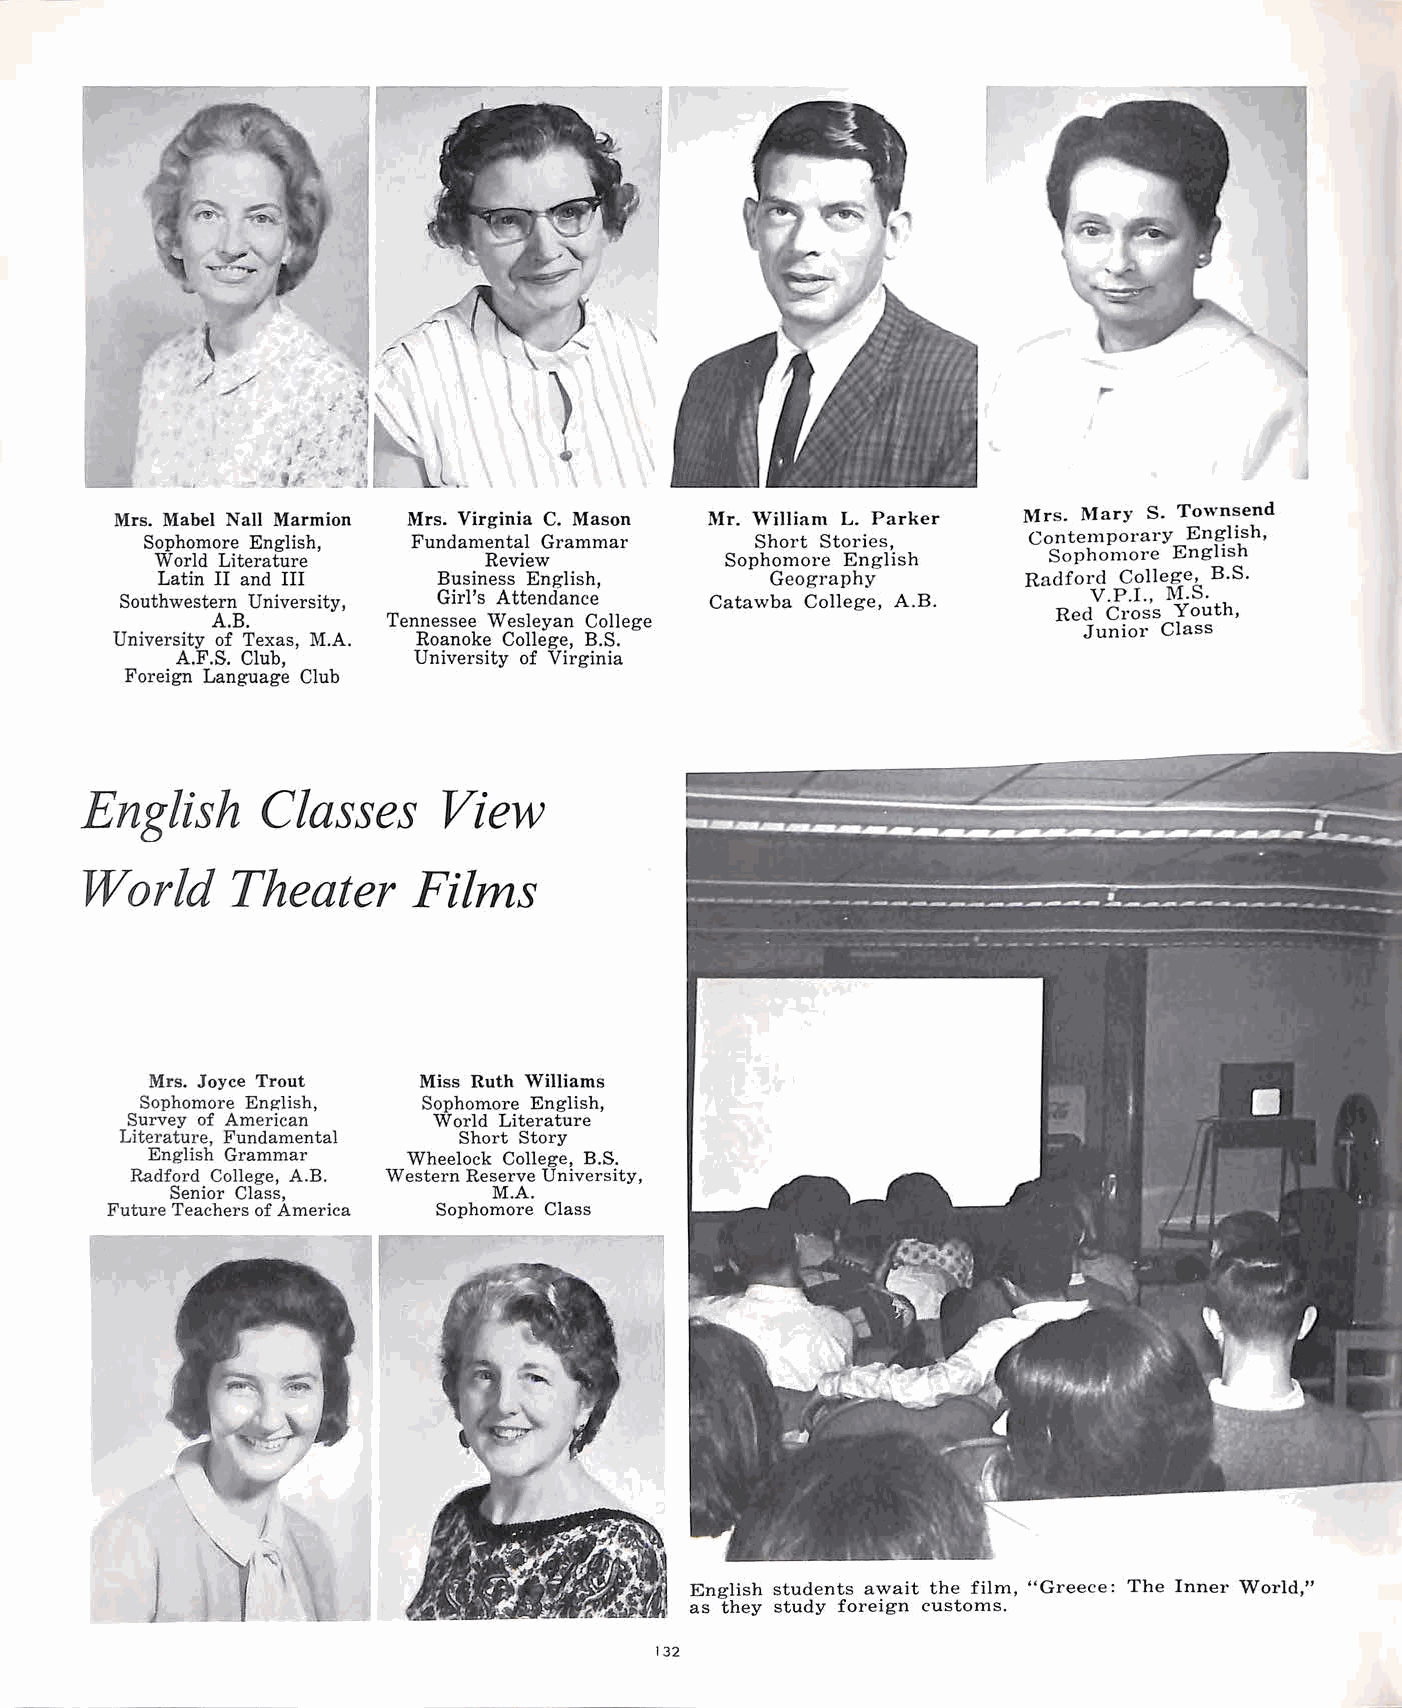
,,..
 Mrs. Mabel Nall Marmion Mrs. Virginia C. Mason Mr. William L. Parker Mrs. Mary S. Townsend
 Contemporary English,
 Sophomore English, Fundamental Grammar   Short Stories,
 World Literature      Review          Sophomore English    Sophomore English
 Latin II and III   Business English,     Geography        Radford College, B.S.
 Southwestern University, Girl's Attendance Catawba College, A.B. V.P.I., M.S.
 Red Cross Youth,
 A.B.        Tennessee Wesleyan College
 Junior Class
 University of Texas, M.A. Roanoke College, B.S.
 A.F.S. Club,   University of Virginia
 Foreign Language Club
 English     Classes     View
 World     Theater     Films
 Mrs. Joyce Trout  Miss Ruth Williams
 Sophomore English, Sophomore English,
 Survey of American   World Literature
 Literature, Fundamental Short Story
 English Grammar  Wheelock College, B.S.
 Radford College, A.B. Western Reserve University,
 Senior Class,         M.A.
 Future Teachers of America Sophomore Class
 J
 English students await the film, "Greece: The Inner World,"
 as they study foreign customs.
 132